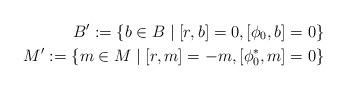
LaTeX: \begin{align*}B':=\{b\in B\mid [r,b]=0,[\phi_0,b]=0\} \\M':=\{m\in M\mid [r,m]=-m,[\phi_0^*,m]=0\}\end{align*}